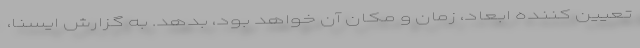
تعیین کننده ابعاد، زمان و مکان آن خواهد بود، بدهد. به گزارش ایسنا،